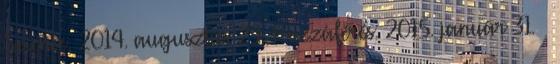
Science, 2014. augusztus 29. Hozzáférés: 2015. január 31. ↑